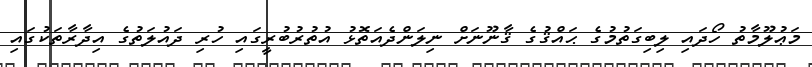
މަޢުލޫމާތު ހޯދައި ލިބިގަތުމުގެ ޙައްޤުގެ ޤާނޫނަށް ނިލަންދެއަތޮޅު އުތުރުބުރީގައި ހުރި ދައުލަތުގެ އިދާރާތަކުގައި